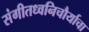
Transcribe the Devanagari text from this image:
संगीतध्वनिचौर्याचा